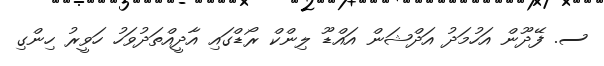
ސ. ފޭދޫން އަހުމަދު އަދްޝަން އައްޑޫ ލިންކް ރޯޑްގައި އާދީއްތަދުވަހު ހަވީރު ހިންގި